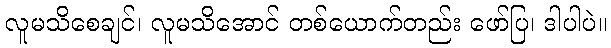
လူမသိစေချင်၊ လူမသိအောင် တစ်ယောက်တည်း ဖော်ပြ၊ ဒါပါပဲ။